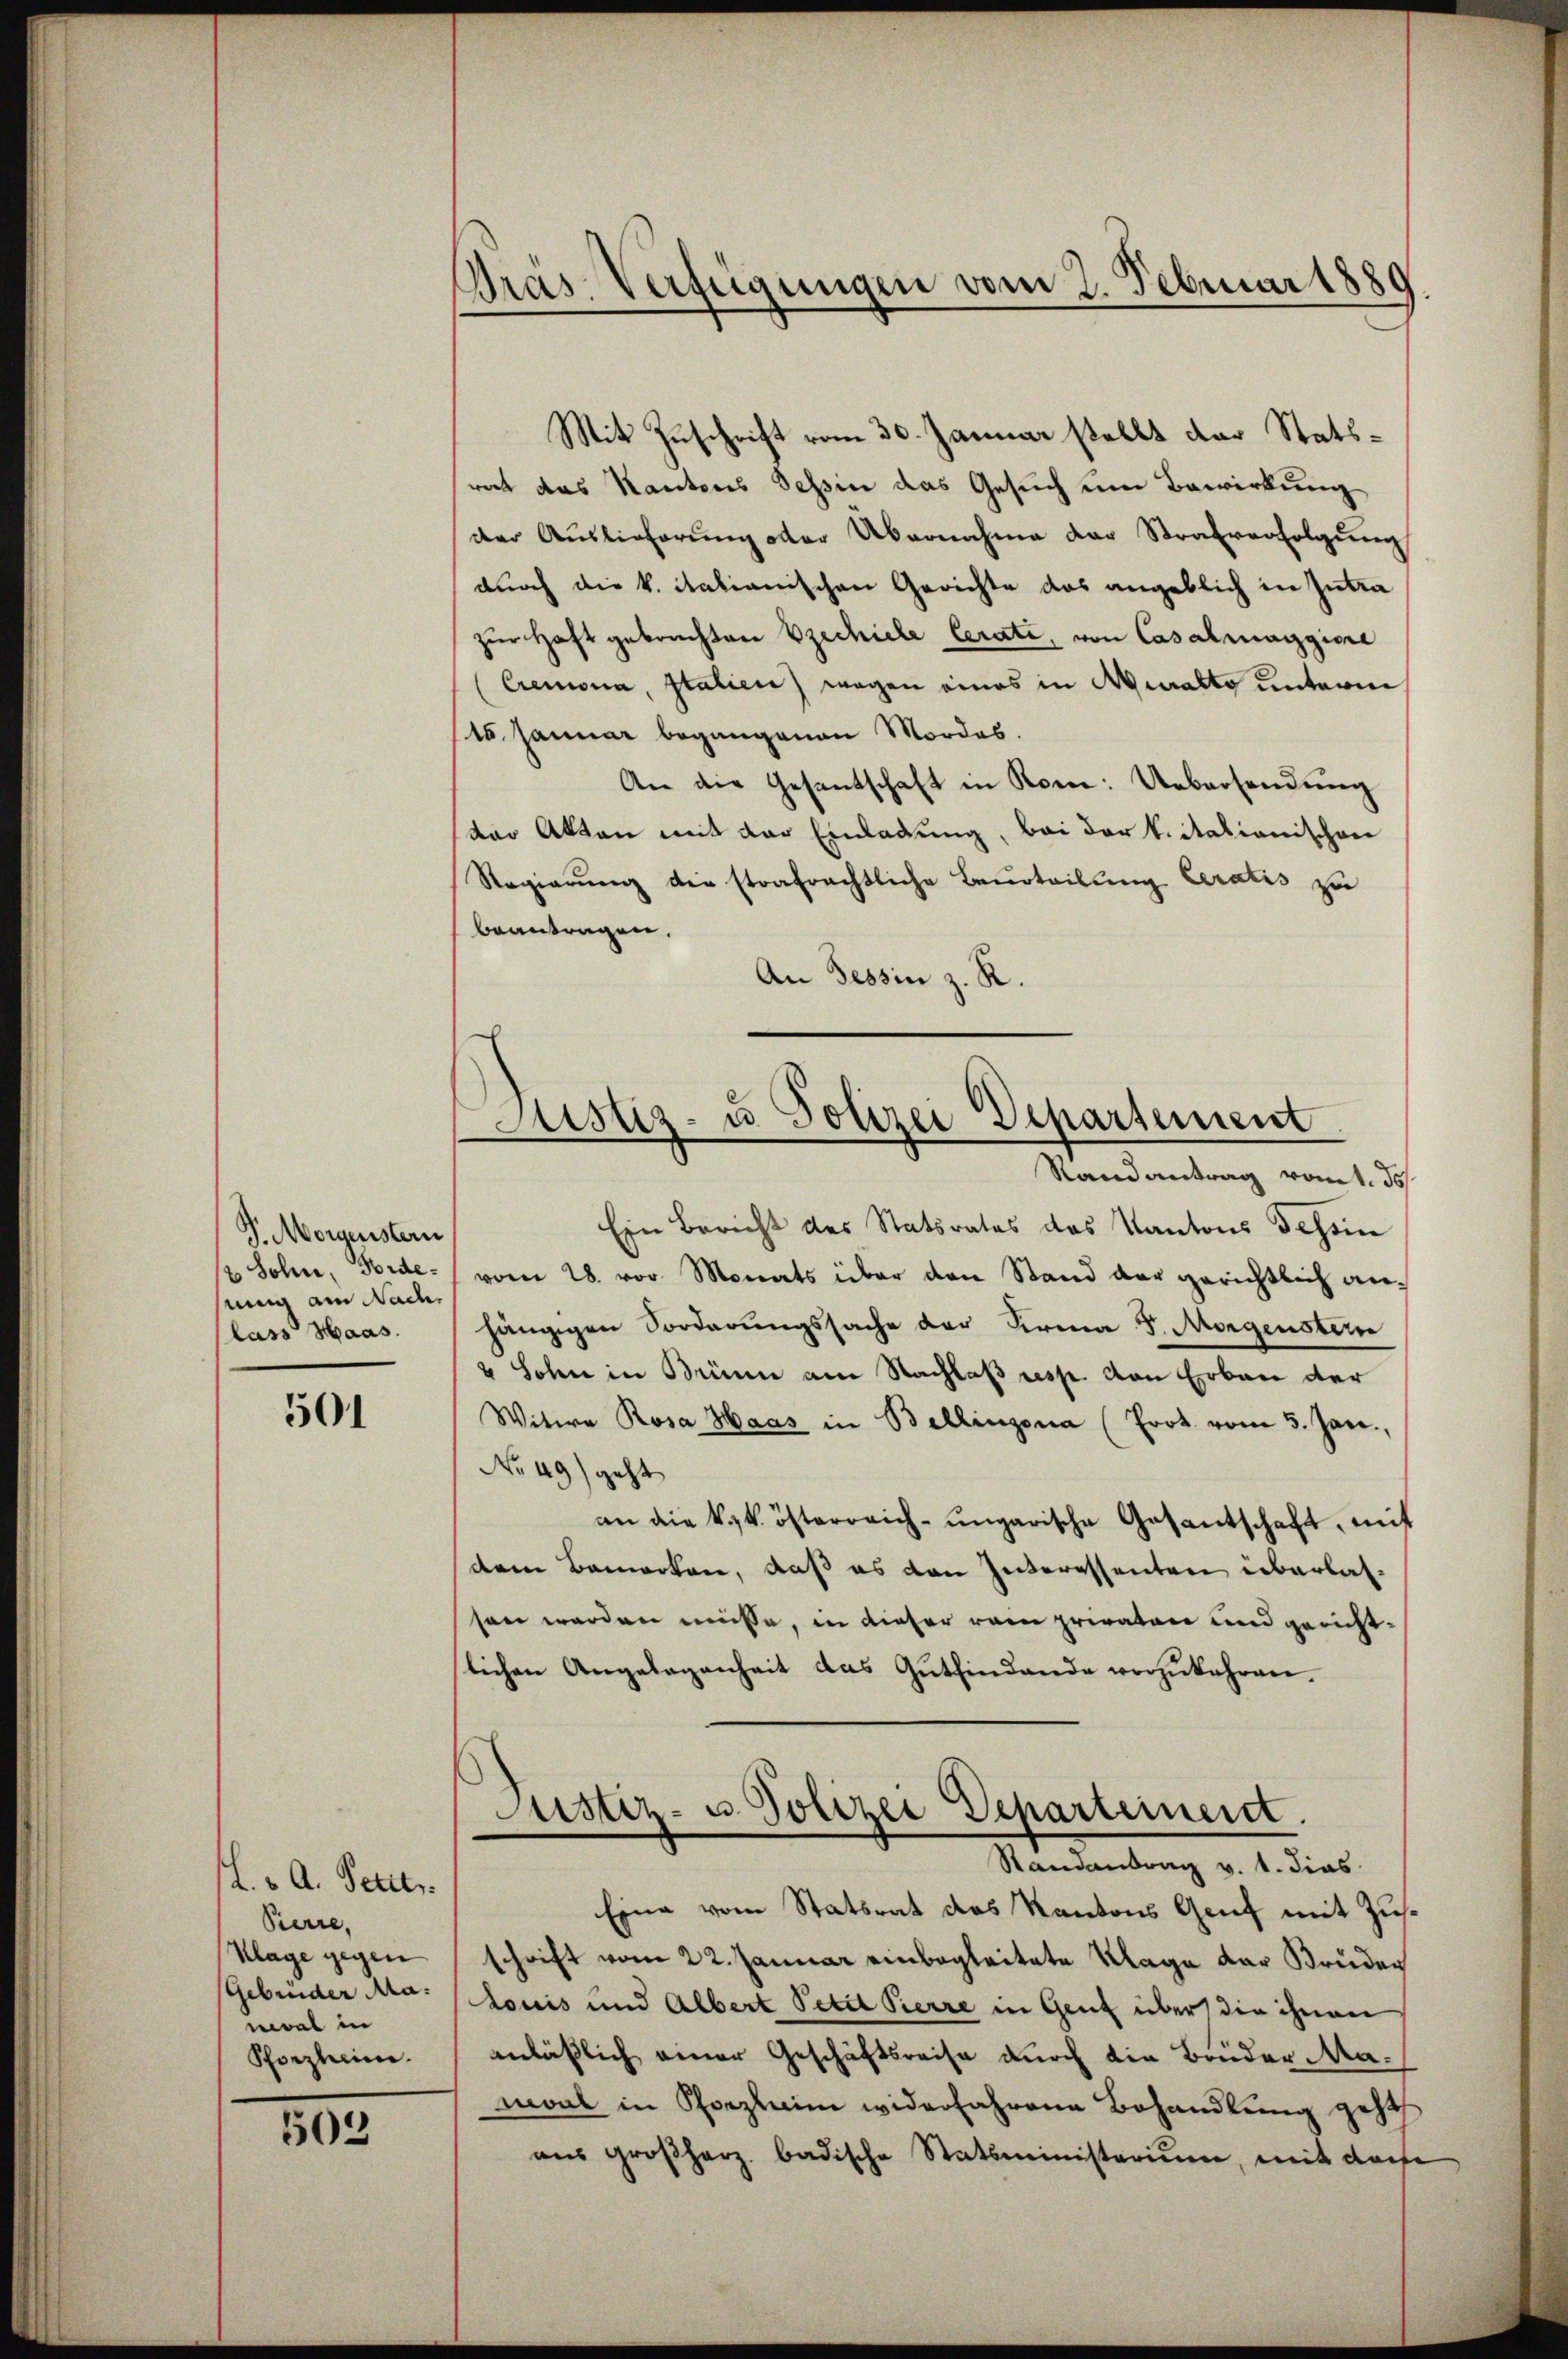
J. Morgenstern
nung am Nach
lass Haas.

501

L. v. A. Petit.
Pierre,
Klage gegen
Gebrüder Mamal in
Pforzheim.

203

Präs. Verfügungen vom 2. Februar 1889

Mit Zuschrift vom 30. Januar stellt der Statsrat das Kantons Tessin das Gesuch um Bewirkung
der Auslieferŭng oder Übernahme der Strafverfolgŭng
durch die k. italianischen Gerichte das angeblich in Zutra
zŭr Haft gebrachten zechiehe Cerati, von Casalmaggiore
(Cremona, Italien) wegen eines in Muralto unterm
16. Januar begangenen Mordes.
An die Gesantschaft in Rom: Uebersendŭng
der Akten mit der Einladung, bei der k. Stationischen
Regierung die strafrechtliche Beurteilung Ceratis zu
beantragen,
An Tessin z. R.
Ein Bericht des Statsrates des Kantons Tessin
2 Sohn, Forde. (vom 28. vor. Monats über den Stand der gerichtlich anhängigen Sorderungssache der Firma 8. Morgenstern
4 Sohn in Brünn am Nachlaß resp. von Erbau der
Witwe Rosa Haas in Bellinzona (Prot. vom 3. Jan.,
No 49) geht
an die k.k. österreich-ungarische Gesantschaft, mit
dem Bemerken, daß es den Interessenten überlassen werden müsse, in dieser rein privaten und gerichtslichen Angelegenheit das Gŭtfindende vorzŭkehren.
Justiz- u. Polizei Departement.
Randantrag v. 1. dies
Eine vom Statsrat das Kantons Genf mit Zusschrift vom 22. Januar einbegleitete Klage der Brüder
Louis und Albert Petit Pierre in Genf über die ihnen
anläßlich einer Geschäftsreise durch die Bruder Mamoal in Pforzheim widerfahrene Behandlung geht
aus groβharz badische Statsministerium, mit derse

Justiz- u. Polizei Departement
Randantrag vommt. Jos